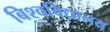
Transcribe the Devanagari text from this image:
बिश्वविद्यालय